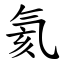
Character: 氦